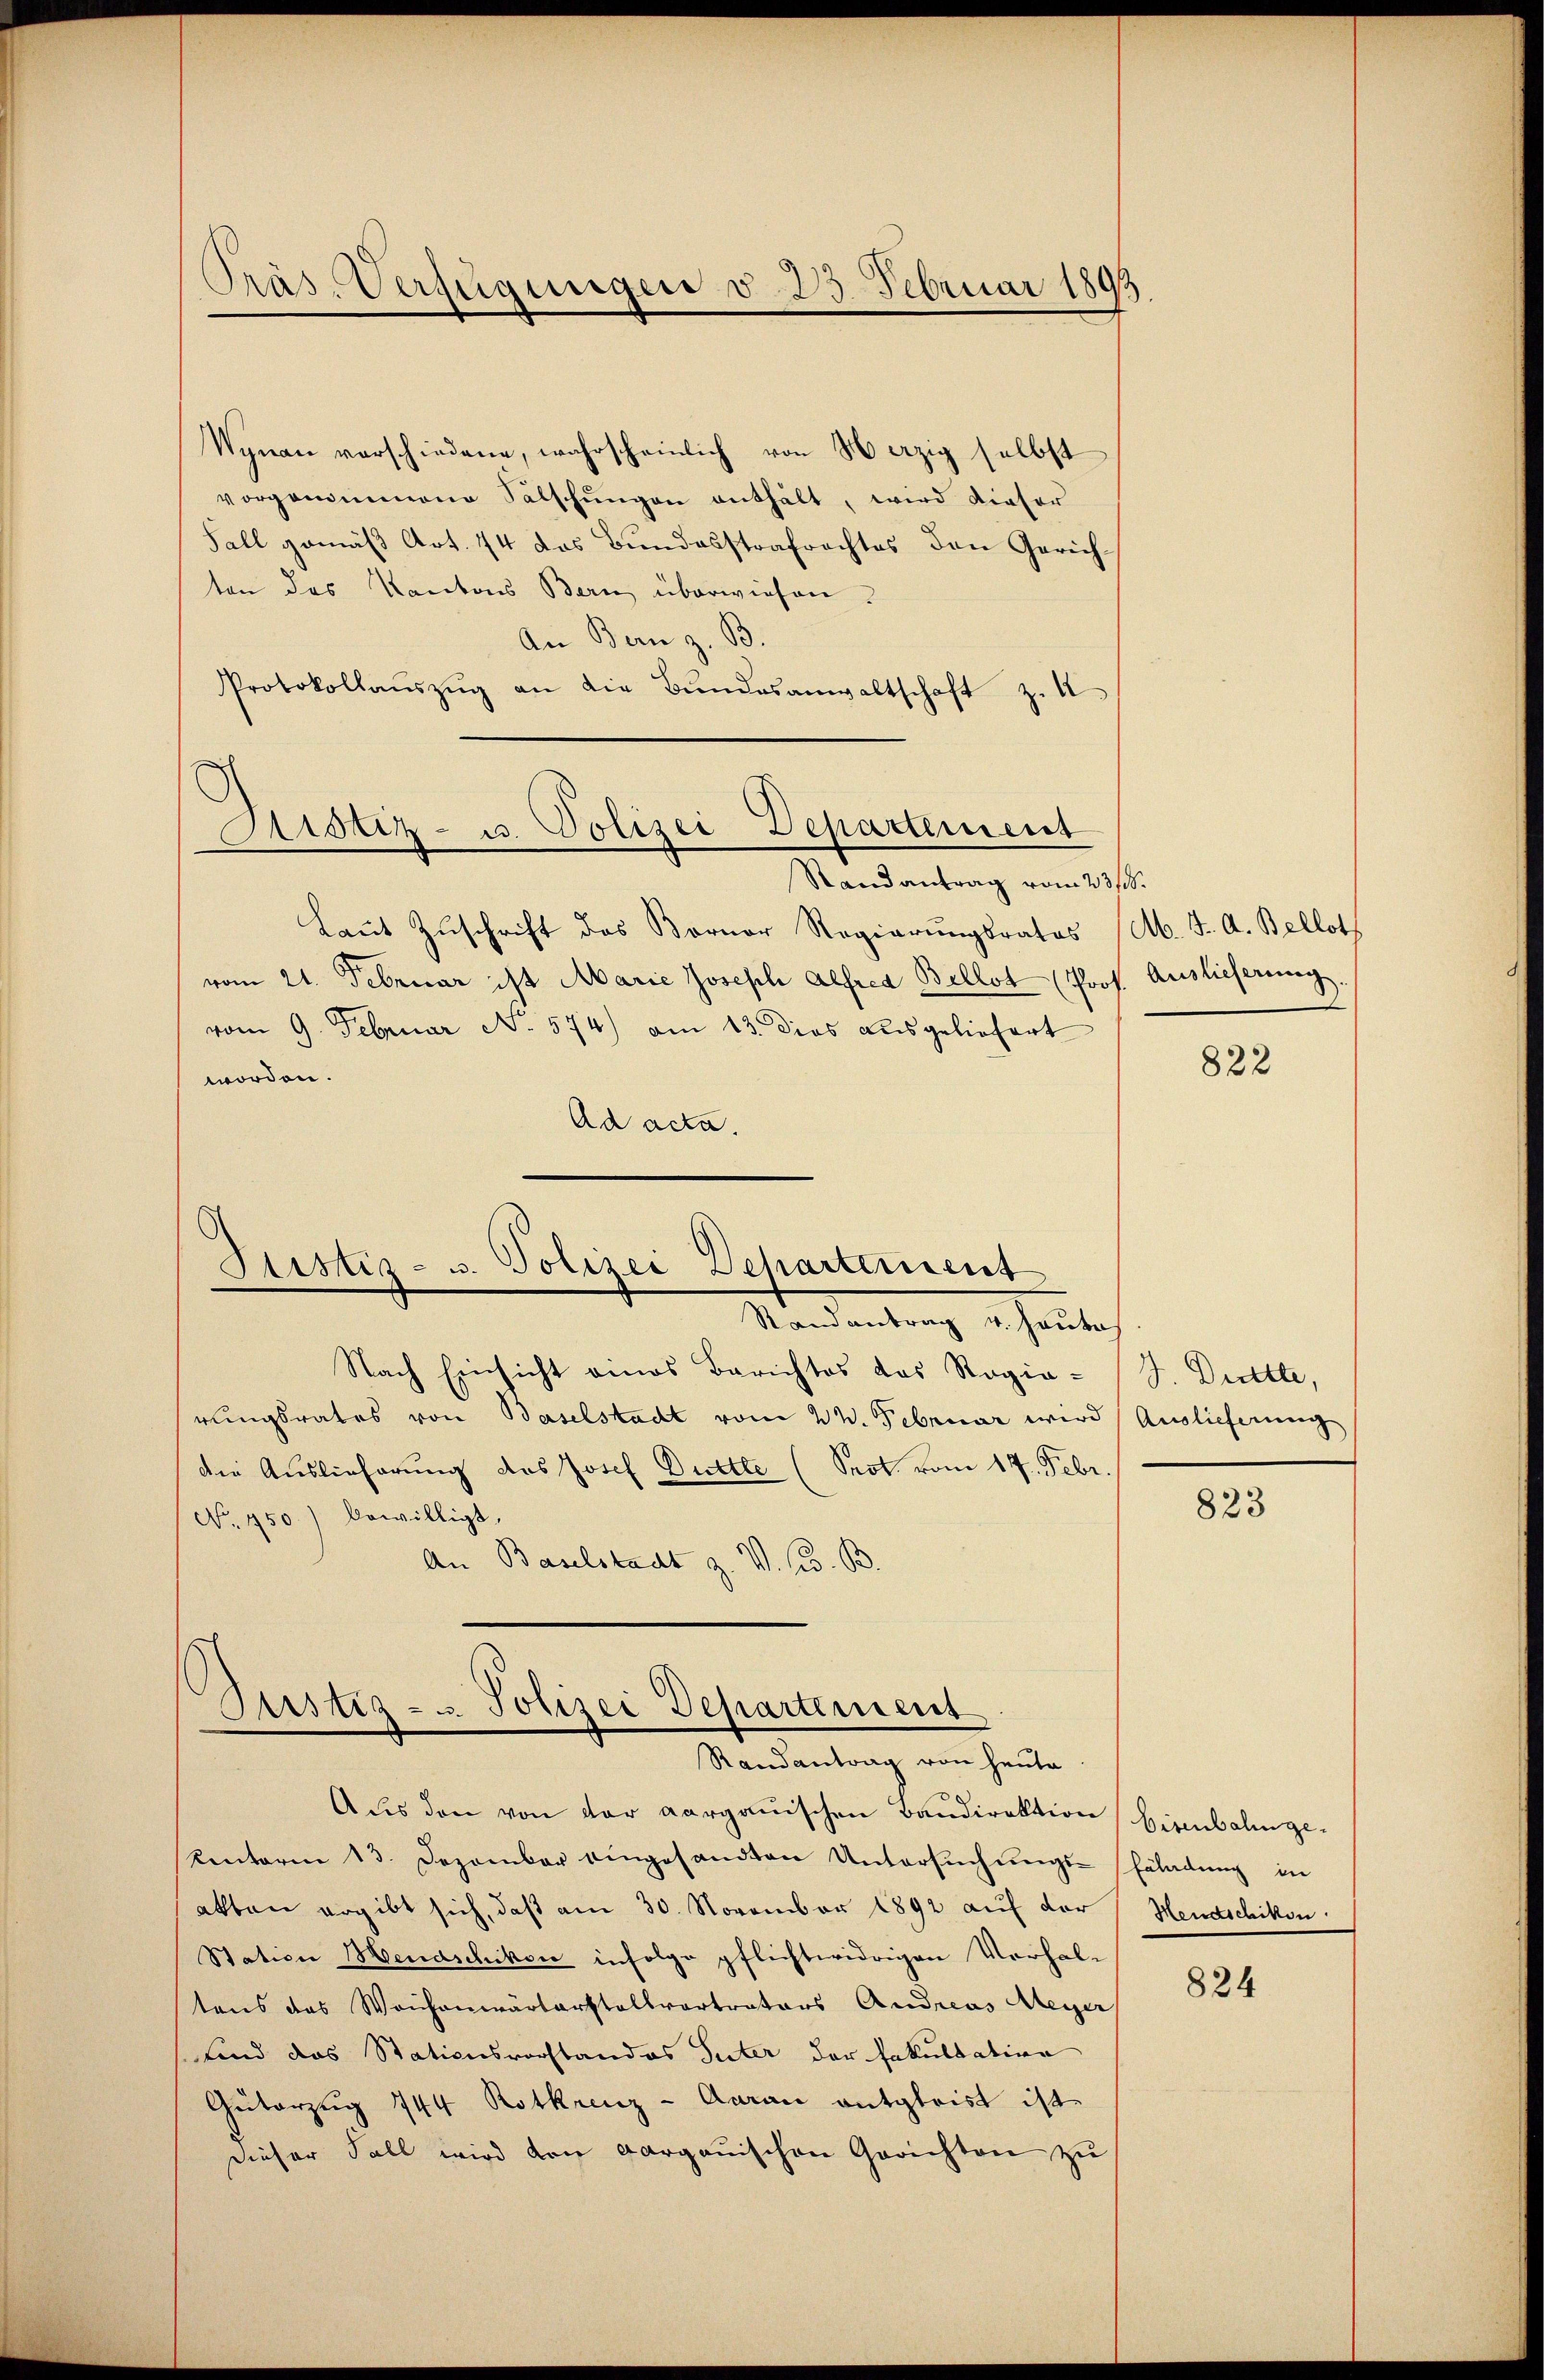
Präs. Verfügungen v. 23. Februar 1893.
.

Wynau verschiedene, wahrscheinlich von Herzig selbst
vorgenommene Sälschŭngen enthält, wird dieser
Fall gemäß Art. 44 das Bundesstrafrechtes den Gerichten des Kantons Bern überwiesen.
An Bern z. B.
Protokollaŭszŭg an die Bŭndesanwaltschaft z. 4

Sistiz- u. Polizei Departement
Randantrag vom 23/3.

Justiz- u. Polizei Departement
Randantrag v. Haute

Laut Zuschrift des Borner Regierungsrates
vom 21. Februar ist Marie Joseph Alfred Bellot (Prof. Auslieferung,
vom 9. Februar No 574) am 13. dies ausgeliefert
worden.
Ad acta.

Justiz- u. Polizei Departement
Randantrag von heute

Nach Einsicht eines Berichtes des Rogia-
rungsrates von Baselstadt vom 24. Februar wird Auslieferung
die Auslieferung des Josef Duttte (Prot. vom 17. Febr.
No. 450.) bewilligt,
An Baselstadt z. V. C. B.

Aus den von der aargauischen Baudirektion Eisenbahn gekentoren 13. Dezember eingesandten Untersuchungs-Erladung in
akten ergibt sich, daß am 30. November 1892 auf der
Station Mendschikon infolge pflichtwidrigen Verhal-
tens des Weichenwärterstellvertrators Andreas Meyer
sind das Stationsvorstandes Suter der Fakultation
Güterzug 744 Rotkrenz-Aarau entgleist ist.
dieser Fall wird von Aargauischen Gerichten zu

M. J. A. Bellot

822

J. Dritte,

823

Hendschikon.

824